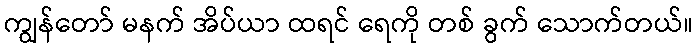
ကျွန်တော် မနက် အိပ်ယာ ထရင် ရေကို တစ် ခွက် သောက်တယ်။